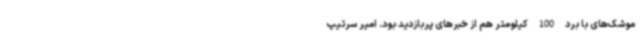
موشک‌های با برد 100 کیلومتر هم از خبرهای پربازدید بود. امیر سرتیپ